Mediterranean fever in India - Number 22
Disease focus: Fever
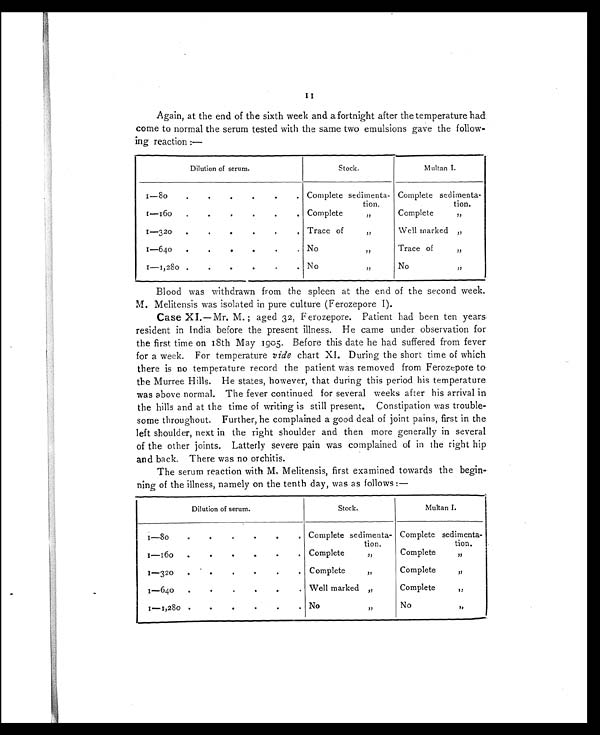
Again, at the end of the sixth week and a fortnight after the temperature had
come to normal the serum tested with the same two emulsions gave the follow
-ing reaction;—
Dilution of serum.
Stock.
Multan I.
1—80.
.
.
.
.
Complete sedimenta-
tion.
Complete sedimenta-
tion.
1—160
..
.
.
.
.
Complete ,,
Complete ,,
.
.
1—320
..
,
.
Trace of ,,
Well marked ,,
1 — 6 4 0 .
.
.
.
.
No ,,
Trace of ,,
1 — 1 , 2 8 0
.
.
.
.
.
No ,,
No ,,
Blood was withdrawn from the spleen at the end of the second week.
M. Melitensis was isolated in pure culture (Ferozepore I).
Case XI.—Mr. M.; aged 32, Ferozepore. Patient had been ten years
resident in India before the present illness. He came under observation for
the first time on 18th May 1905. Before this date he had suffered from fever
for a week. For temperature vide chart XI. During the short time of which
there is no temperature record the patient was removed from Ferozepore to
the Murree Hills. He states, however, that during this period his temperature
was above normal. The fever continued for several weeks after his arrival in
the hills and at the time of writing is still present. Constipation was trouble
-some throughout. Further, he complained a good deal of joint pains, first in the
left shoulder, next in the right shoulder and then more generally in several
of the other joints. Latterly severe pain was complained of in the right hip
and back, There was no orchitis.
The serum reaction with M. Melitensis, first examined towards the begin
-ning of the illness, namely on the tenth day, was as follows;—
Dilution of serum.
Stock.
Multan I.
1—8o . . .
Complete sedimenta-
tion.
Complete sedimenta-
tion.
1 — 1 6 0
.
.
.
.
.
Complete ,,
Complete ,,
.
.
1—320
.
..
Complete ,,
Complete ,,
1—640
.
•
.
Well marked ,,
Complete ,,
1—1,280.
.
.
. No ,,
No ,,